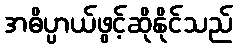
အဓိပ္ပာယ်ဖွင့်ဆိုနိုင်သည်